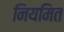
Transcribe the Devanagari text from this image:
नियमित